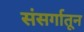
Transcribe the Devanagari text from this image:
संसर्गातून